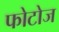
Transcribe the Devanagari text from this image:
फोटोज